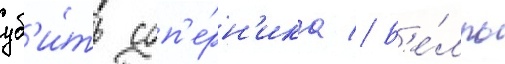
уб'и́ть соп'е́рн'ика // Б'е́лль